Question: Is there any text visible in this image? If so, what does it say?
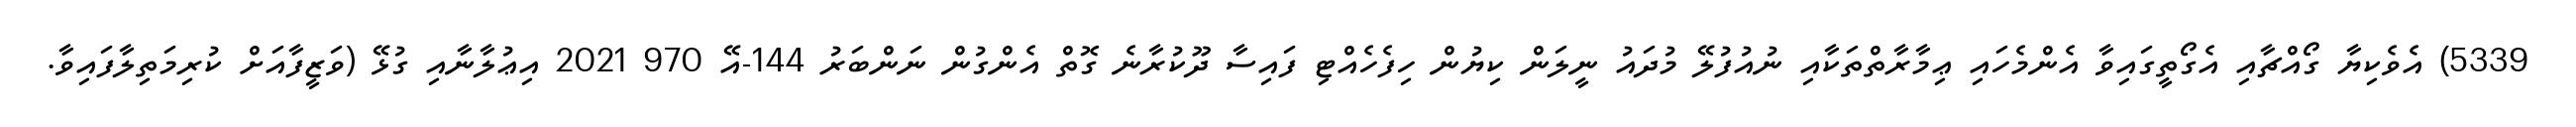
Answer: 5339) އެވެކިޔާ ގޯއްޗާއި އެގޯތީގައިވާ އެންމެހައި ޢިމާރާތްތަކާއި ނުއުފުލޭ މުދައު ނީލަން ކިޔުން ހިފެހެއްޓި ފައިސާ ދޫކުރާނެ ގޮތް އެންގުން ނަންބަރު 144-އޭ 970 2021 އިޢުލާނާއި ގުޅޭ (ވަޒީފާއަށް ކުރިމަތިލާފައިވާ.